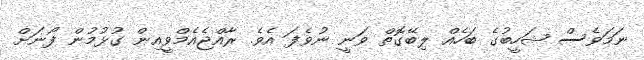
ނަމަވެސް ޝަހީބުގެ ބަހެއް ލިބޭގޮތް ވަނީ ނުވެފަ އެވެ. ރާއްޖެއެމްވީއިން ގުޅުމުން ފޯނަށް